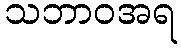
သဘာဝအရ